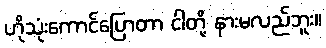
ဟိုသုံးကောင်ပြောတာ ငါတို့ နားမလည်ဘူး။